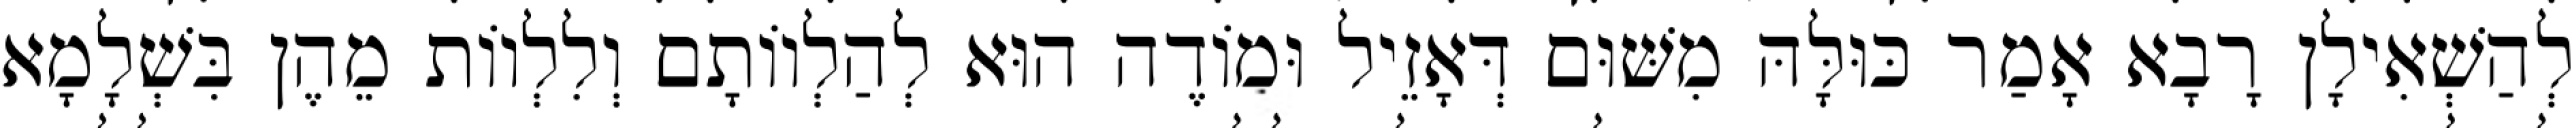
לְהַשְׁאִילָן רָבָא אָמַר כּוּלָּהּ מִשּׁוּם דְּאָזֵיל וּמוֹדֶה הוּא לְהַלְווֹתָם וְלִלְווֹת מֵהֶן בִּשְׁלָמָא